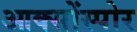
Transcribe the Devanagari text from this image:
आक्सोंस्पोर